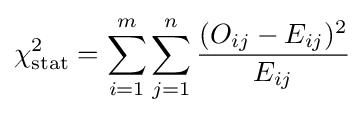
\chi _{\text{stat}}^{2}=\sum _{i=1}^{m}\sum _{j=1}^{n}{\frac {(O_{ij}-E_{ij})^{2}}{E_{ij}}}